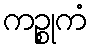
ကဉ္စုကံ